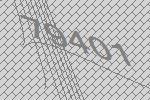
79401